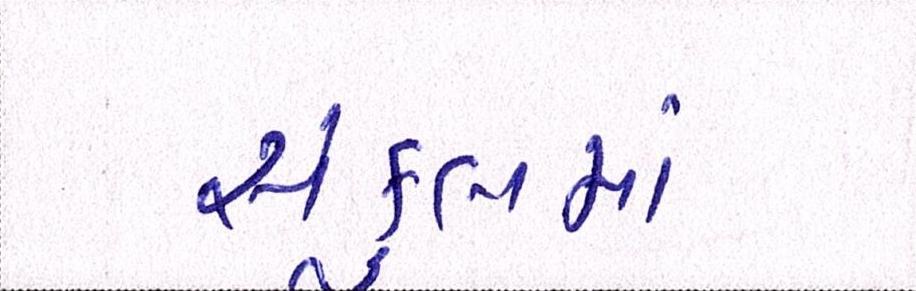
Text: સંકુલમાં